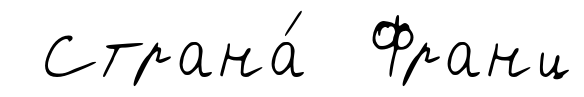
Страна́ Франц